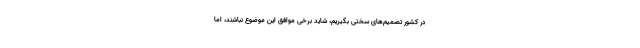
در کشور تصمیم‌های سختی بگیریم، شاید برخی موافق این موضوع نباشند، اما